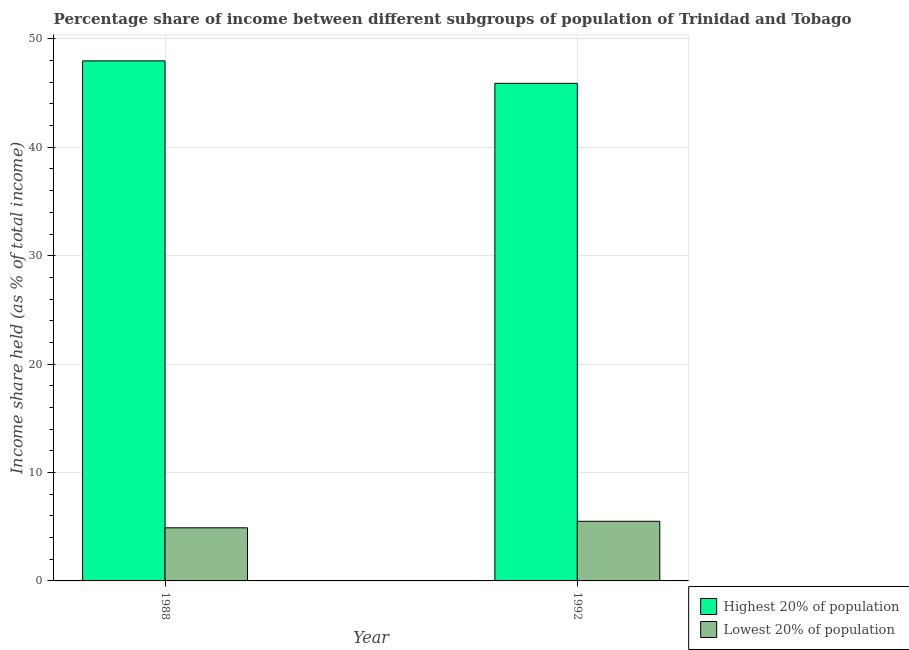
| Year | Highest 20% of population | Lowest 20% of population |
 | --- | --- | --- |
 | 1988 | 48 | 4.9 |
 | 1992 | 45.9 | 5.5 |